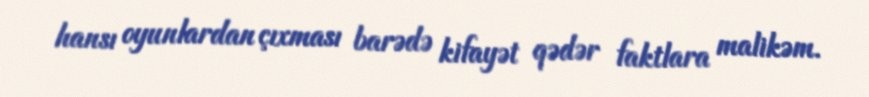
hansı oyunlardan çıxması barədə kifayət qədər faktlara malikəm.